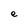
Character: e